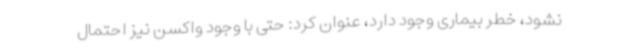
نشود، خطر بیماری وجود دارد، عنوان کرد: حتی با وجود واکسن نیز احتمال